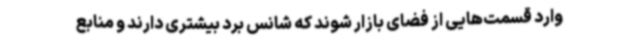
وارد قسمت‌هایی از فضای بازار شوند که شانس برد بیشتری دارند و منابع